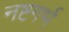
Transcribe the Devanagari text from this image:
नष्टगर्भ